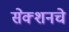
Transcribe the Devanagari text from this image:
सेक्शनचे